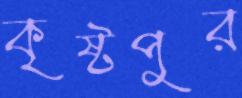
কৃষ্টপুর